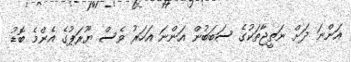
އަންނަ ދަށް ނަތީޖާތަކުގެ ސަބަބުން އަންނަ އަހަރު ވެސް ޔޫރަޕުގެ އެންމެ ބޮޑު